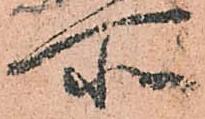
所